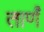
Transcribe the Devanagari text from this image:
तार्णं